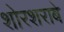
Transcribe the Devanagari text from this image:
शोरशराबे